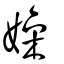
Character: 嬠